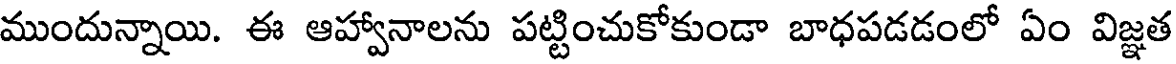
ముందున్నాయి. ఈ ఆహ్వానాలను పట్టించుకోకుండా బాధపడడంలో ఏం విజ్ఞత